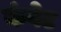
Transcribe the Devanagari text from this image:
कंवेट